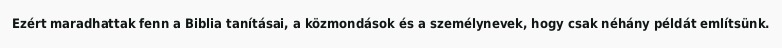
Ezért maradhattak fenn a Biblia tanításai, a közmondások és a személynevek, hogy csak néhány példát említsünk.